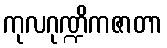
ကုလဂုဏ္ဍိကဇာတာ